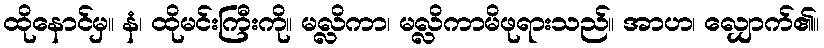
ထိုနောင်မှ။ နံ၊ ထိုမင်းကြီးကို။ မလ္လိကာ၊ မလ္လိကာမိဖုရားသည်။ အာဟ၊ လျှောက်၏။